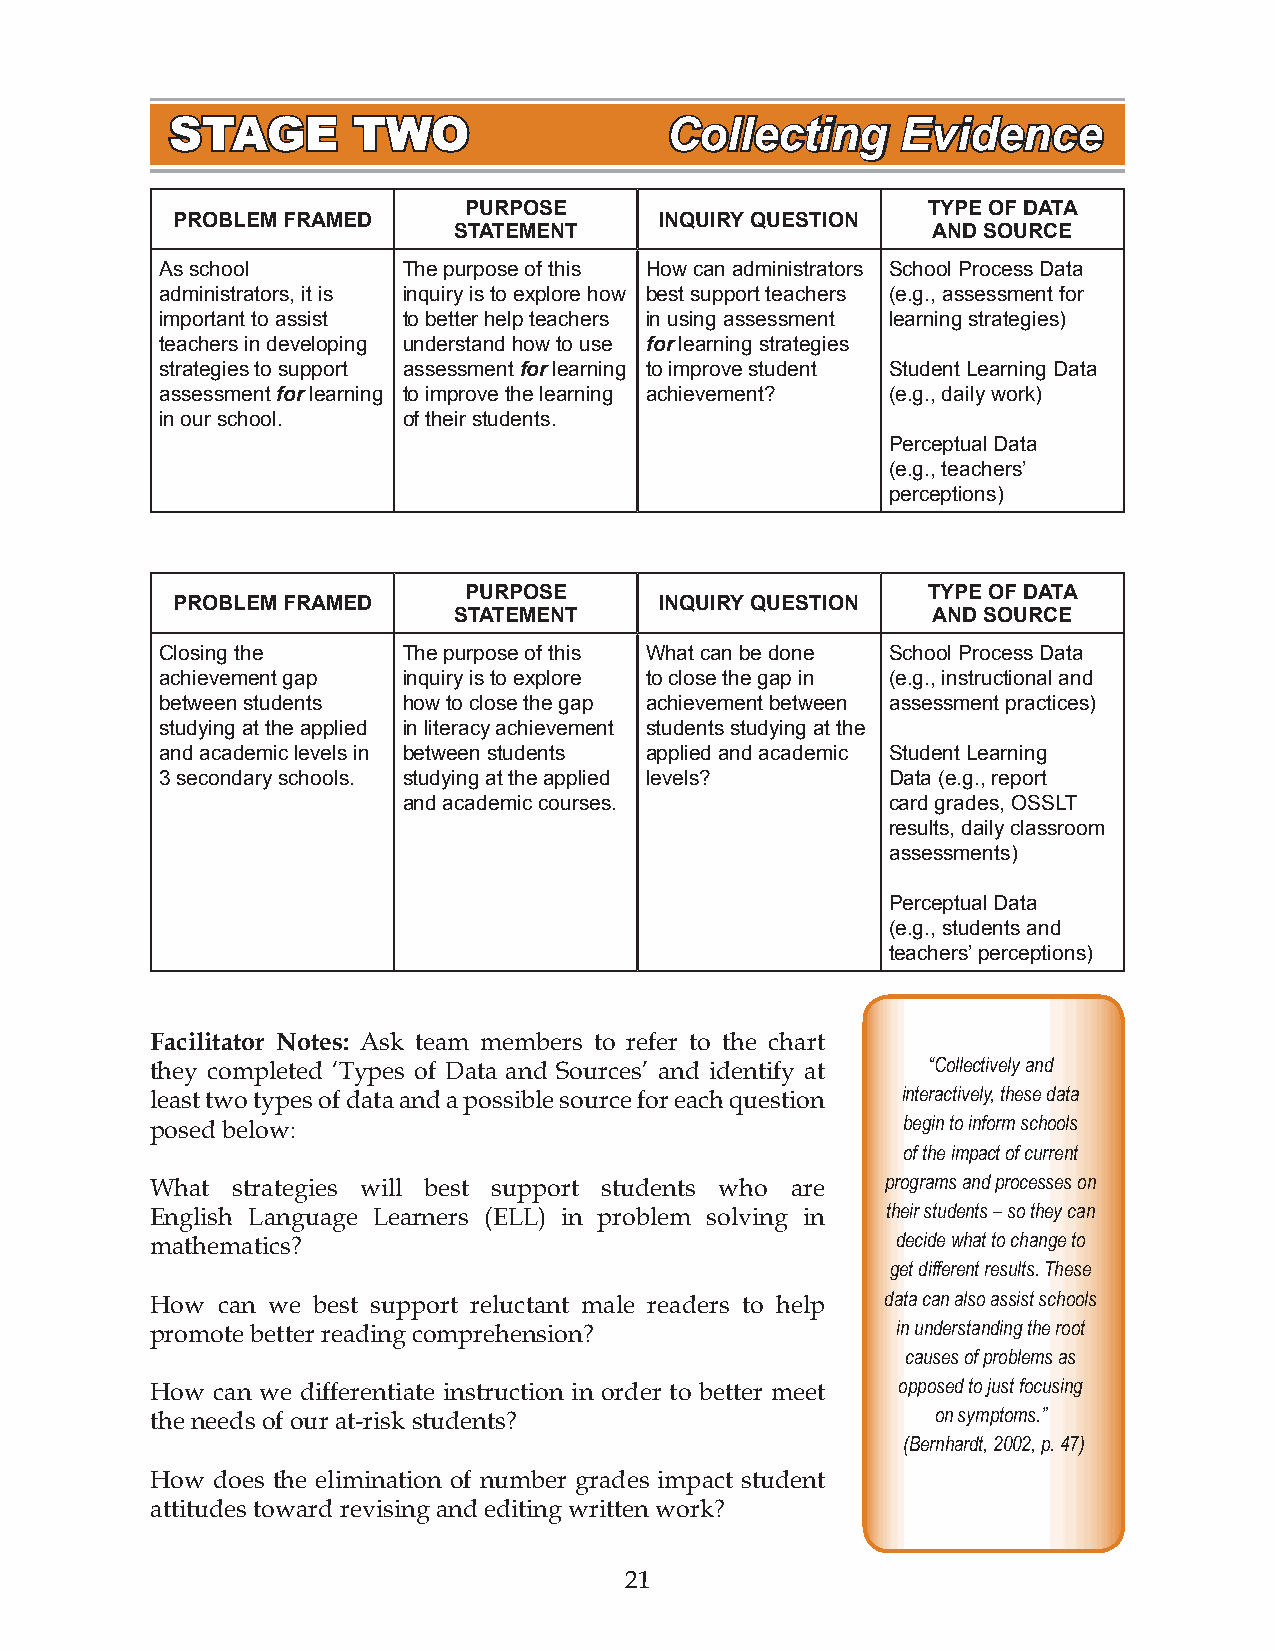
STAGE       TWO                  Collecting      Evidence
 PURPOSE                       TYPE OF DATA
 PROBLEM FRAMED                   INQUIRY QUESTION
 STATEMENT                       AND SOURCE
 As school       The purpose of this How can administrators School Process Data
 administrators, it is inquiry is to explore how best support teachers (e.g., assessment for
 important to assist to better help teachers in using assessment learning strategies)
 teachers in developing understand how to use for learning strategies
 strategies to support assessment for learning to improve student Student Learning Data
 assessment for learning to improve the learning achievement? (e.g., daily work)
 in our school.  of their students.
 Perceptual Data
 (e.g., teachers’
 perceptions)
 PURPOSE                       TYPE OF DATA
 PROBLEM FRAMED                   INQUIRY QUESTION
 STATEMENT                       AND SOURCE
 Closing the     The purpose of this What can be done School Process Data
 achievement gap inquiry is to explore to close the gap in (e.g., instructional and
 between students how to close the gap achievement between assessment practices)
 studying at the applied in literacy achievement students studying at the
 and academic levels in between students applied and academic Student Learning
 3 secondary schools. studying at the applied levels? Data (e.g., report
 and academic courses.           card grades, OSSLT
 results, daily classroom
 assessments)
 Perceptual Data
 (e.g., students and
 teachers’ perceptions)
 Facilitator Notes: Ask team members to refer to the chart
 they completed ‘Types of Data and Sources’ and identify at “Collectively and
 least two types of data and a possible source for each question interactively, these data
 posed below:                                      begin to inform schools
 of the impact of current
 What strategies will best support students who are programs and processes on
 English Language Learners (ELL) in problem solving in their students – so they can
 mathematics?                                     decide what to change to
 get different results. These
 How can we best support reluctant male readers to help data can also assist schools
 promote better reading comprehension?            in understanding the root
 causes of problems as
 How can we differentiate instruction in order to better meet opposed to just focusing
 the needs of our at-risk students?                  on symptoms.”
 (Bernhardt, 2002, p. 47)
 How does the elimination of number grades impact student
 attitudes toward revising and editing written work?
 